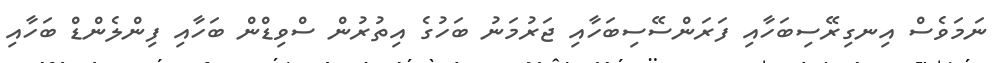
ނަމަވެސް އިނގިރޭސިބަހާއި ފަރަންސޭސިބަހާއި ޖަރުމަނު ބަހުގެ އިތުރުން ސްވިޑްން ބަހާއި ފިންލެންޑް ބަހާއި